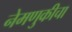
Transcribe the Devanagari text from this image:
नेमणुकीचा